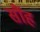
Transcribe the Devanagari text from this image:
सौंह